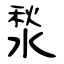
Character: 湬